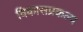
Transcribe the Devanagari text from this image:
विकासप्रकल्प